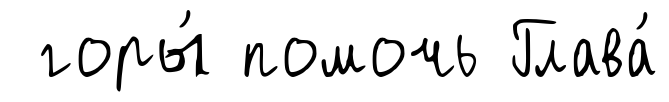
горы́ помочь Глава́